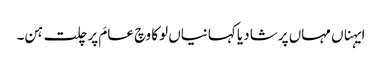
ایہناں مہاں پرشا دیا کہانیاں لوکا وچ عامَ پرچلت ہن۔